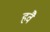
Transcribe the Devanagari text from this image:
हवै